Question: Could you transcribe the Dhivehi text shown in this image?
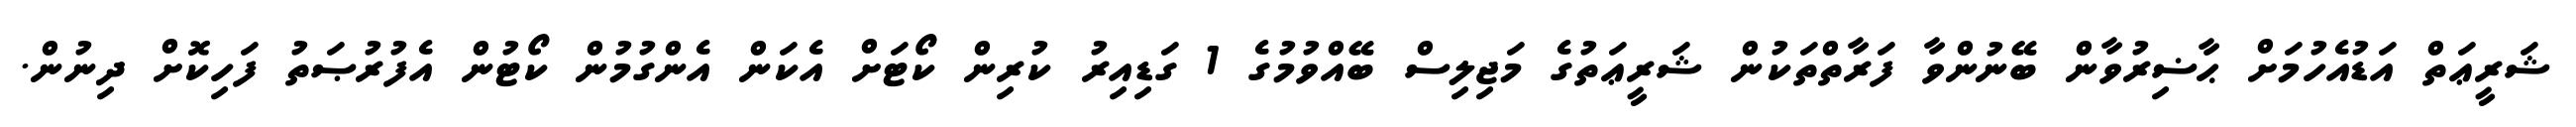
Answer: ޝަރީޢަތް އަޑުއެހުމަށް ޙާޟިރުވާން ބޭނުންވާ ފަރާތްތަކުން ޝަރީޢަތުގެ މަޖިލިސް ބޭއްވުމުގެ 1 ގަޑިއިރު ކުރިން ކޯޓަށް އެކަން އެންގުމުން ކޯޓުން އެފުރުޞަތު ފަހިކޮށް ދިނުން.